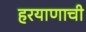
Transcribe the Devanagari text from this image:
हरयाणाची